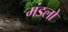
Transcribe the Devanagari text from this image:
मंडलो